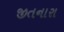
જીતનારા